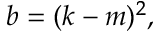
b = ( k - m ) ^ { 2 } ,